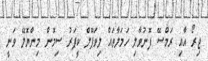
ޖިރޯ އާއި ރަމްސޭ ފޮނުވާލި ހަމަލާތައް ލިވަޕޫލް ކީޕަރު ސިމޮން މިންޔޮލޭ ވަނީ